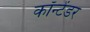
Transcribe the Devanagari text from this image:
कॉन्टेंडर